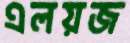
এলয়জ